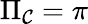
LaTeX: \Pi_{\mathcal{C}}=\pi